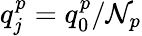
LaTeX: q_{j}^{p}=q_{0}^{p}/\mathcal{N}_{p}